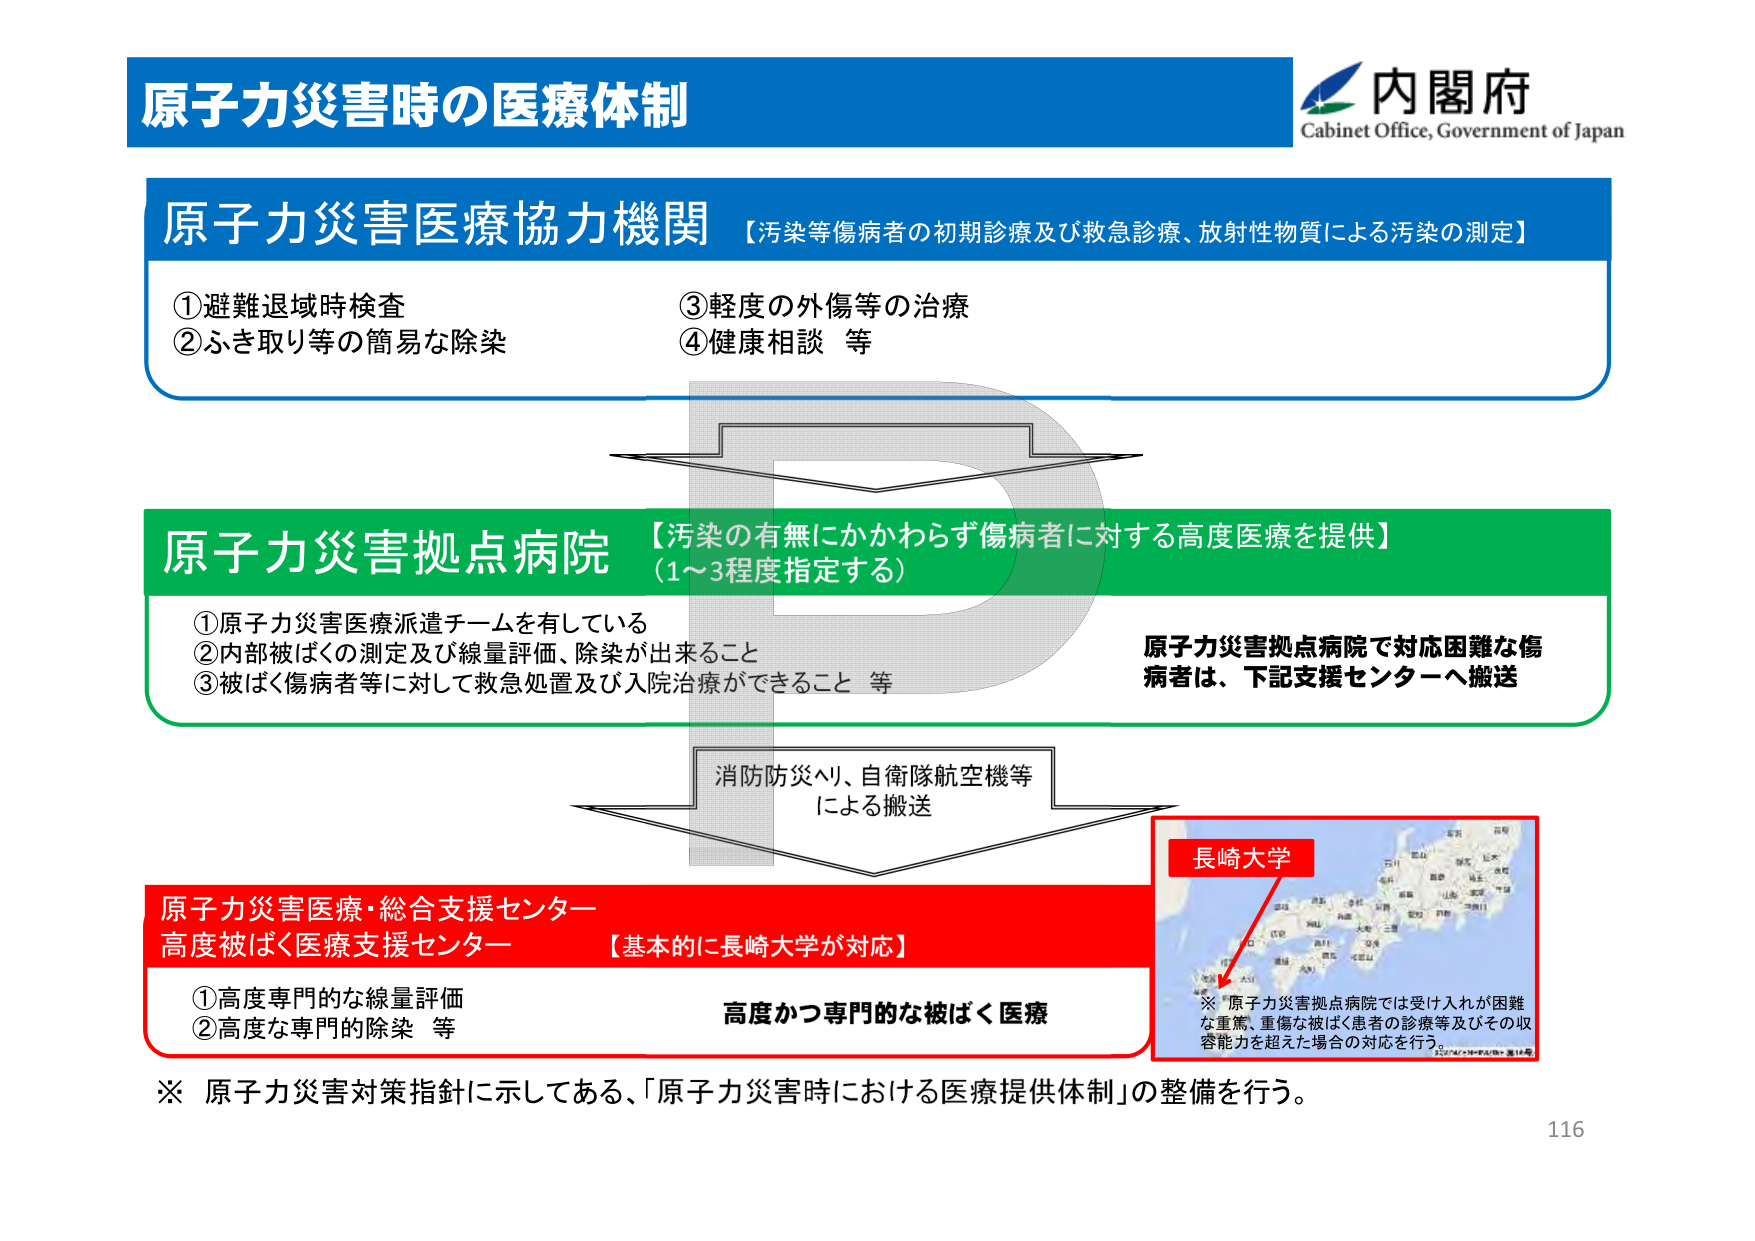
原子力災害時の医療体制
内閣府
Cabinet Office, Government of Japan

原子力災害医療協力機関 【汚染等傷病者の初期診療及び救急診療、放射性物質による汚染の測定】
①避難退域時検査
②ふき取り等の簡易な除染
③軽度の外傷等の治療
④健康相談 等

原子力災害拠点病院 【汚染の有無にかかわらず傷病者に対する高度医療を提供】
（1～3程度指定する）
①原子力災害医療派遣チームを有している
②内部被ばくの測定及び線量評価、除染が出来ること
③被ばく傷病者等に対して救急処置及び入院治療ができること 等

原子力災害拠点病院で対応困難な傷病者は、下記支援センターへ搬送

消防防災ヘリ、自衛隊航空機等
による搬送

原子力災害医療・総合支援センター
高度被ばく医療支援センター 【基本的に長崎大学が対応】
①高度専門的な線量評価
②高度な専門的除染 等

高度かつ専門的な被ばく医療

長崎大学

※「原子力災害拠点病院では受け入れが困難な重篤、重傷な被ばく患者の診療等及びその収容能力を超えた場合の対応を行う。」

※ 原子力災害対策指針に示してある、「原子力災害時における医療提供体制」の整備を行う。

116